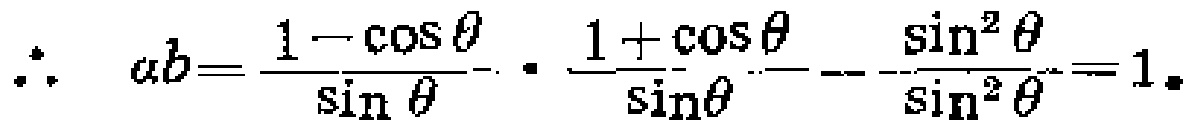
\(\therefore \ ab=\frac {1-\cos  \theta }{\sin  \theta }\cdot \frac {1+\cos  \theta }{\sin  \theta }=\frac {\sin  ^{2}\theta }{\sin  ^{2}\theta }=1。\)